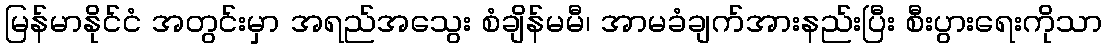
မြန်မာနိုင်ငံ အတွင်းမှာ အရည်အသွေး စံချိန်မမီ၊ အာမခံချက်အားနည်းပြီး စီးပွားရေးကိုသာ